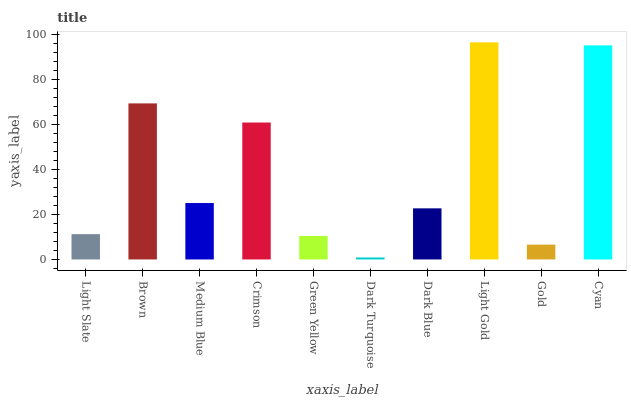
| xaxis_label | bars |
 | --- | --- |
 | Light Slate | 11.3 |
 | Brown | 69.5 |
 | Medium Blue | 25.1 |
 | Crimson | 61 |
 | Green Yellow | 10.5 |
 | Dark Turquoise | 0.897 |
 | Dark Blue | 22.8 |
 | Light Gold | 96.7 |
 | Gold | 6.61 |
 | Cyan | 95.4 |